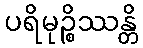
ပရိမုဉ္စိဿန္တိ